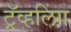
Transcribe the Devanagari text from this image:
ट्रॅव्हलिंग